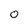
Character: 0